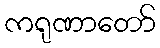
ကရုဏာတော်